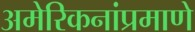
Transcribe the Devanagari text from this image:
अमेरिकनांप्रमाणे